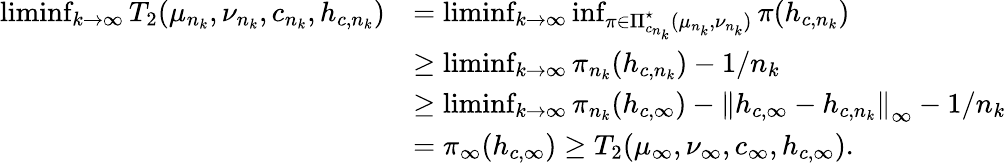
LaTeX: \begin{array}{rl}{\operatorname*{liminf}_{k\rightarrow\infty}T_{2}(\mu_{n_{k}},\nu_{n_{k}},c_{n_{k}},h_{c,{n_{k}}})}&{=\operatorname*{liminf}_{k\rightarrow\infty}\operatorname*{inf}_{\pi\in\Pi_{c_{n_{k}}}^{\star}(\mu_{n_{k}},\nu_{n_{k}})}\pi(h_{c,{n_{k}}})}\\ &{\geq\operatorname*{liminf}_{k\rightarrow\infty}\pi_{n_{k}}(h_{c,{n_{k}}})-1/{n_{k}}}\\ &{\geq\operatorname*{liminf}_{k\rightarrow\infty}\pi_{n_{k}}(h_{c,{\infty}})-\left\| h_{c,{\infty}}-h_{c,{n_{k}}}\right\| _{\infty}-1/{n_{k}}}\\ &{=\pi_{\infty}(h_{c,{\infty}})\geq T_{2}(\mu_{\infty},\nu_{\infty},c_{\infty},h_{c,{\infty}}).}\end{array}